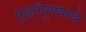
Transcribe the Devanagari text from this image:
युद्धनैपुण्याचे